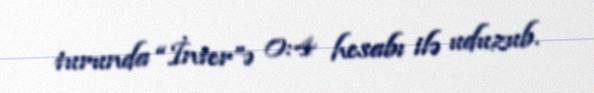
turunda “İnter”ə 0:4 hesabı ilə uduzub.